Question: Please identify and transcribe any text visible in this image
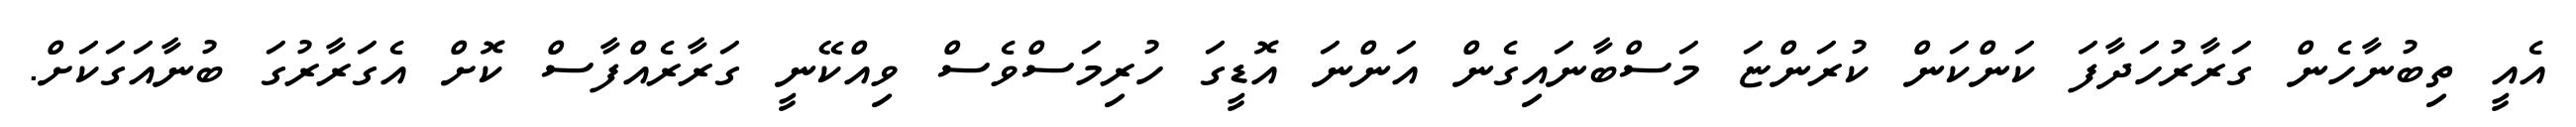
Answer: އެއީ ތިބުނާހެން ގަރާރުހަދާފަ ކަންކަން ކުރަންޏަ މަސްބާނައިގެން އަންނަ އޮޑީގަ ހުރިމަސްވެސް ވިއްކޭނީ ގަރާރެއްފާސް ކޮށް އެގަރާރުގަ ބުނާއަގަކަށް.